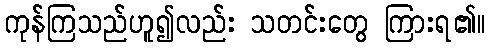
ကုန်ကြသည်ဟူ၍လည်း သတင်းတွေ ကြားရ၏။